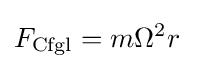
F_{\mathrm {Cfgl} }=m\Omega ^{2}r\